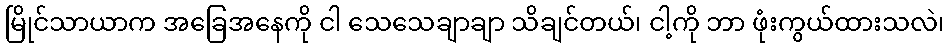
မြိုင်သာယာက အခြေအနေကို ငါ သေသေချာချာ သိချင်တယ်၊ ငါ့ကို ဘာ ဖုံးကွယ်ထားသလဲ၊